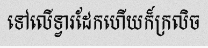
ទៅលើទ្វារដែកហើយក៏ក្រលិច